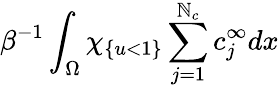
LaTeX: \beta^{-1}\int_{\Omega}\chi_{\{ u<1\} }\sum_{j=1}^{\mathbb{N}_{c}}c_{j}^{\infty}dx